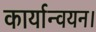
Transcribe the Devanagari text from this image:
कार्यान्‍वयन।